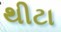
થીટા